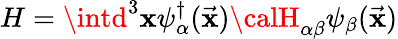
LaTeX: H=\intd^{3}\mathbf{x}\psi_{\alpha}^{\dagger}(\vec{{\mathbf{x}}}){\calH}_{\alpha\beta}\psi_{\beta}(\vec{{\mathbf{x}}})